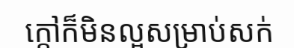
ក្តៅក៏មិនល្អសម្រាប់សក់